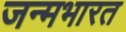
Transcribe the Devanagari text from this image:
जन्मभारत